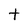
Character: t